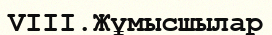
VIII.Жұмысшылар